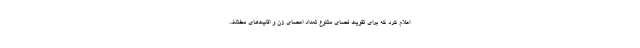
اعلام کرد که برای تقویت فضای متنوع تعداد اعضای زن و اقلیت‌های مختلف